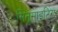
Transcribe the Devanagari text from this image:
सिनुसाइटिस